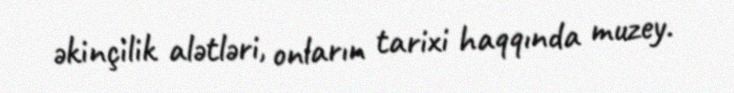
əkinçilik alətləri, onların tarixi haqqında muzey.